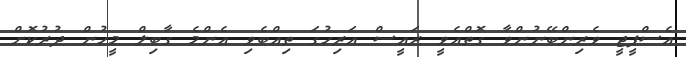
އެސްޕީޖީ ވެރިންބޭނުންވާ ގޮތްއެވީ ރައީސް އަރިހުގަ ތިއްބެވި އެންމެ ގާބިލް މީހުން ދުރުކޮށް